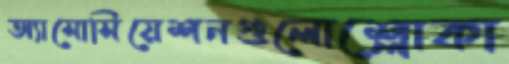
অ্যাসোসিয়েশনগুলোশ্লোকা